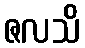
ဇလသိ